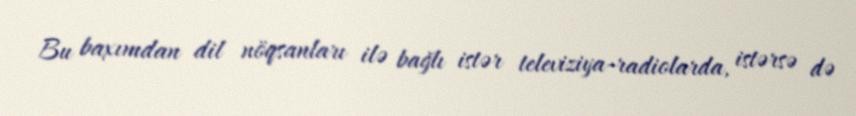
Bu baxımdan dil nöqsanları ilə bağlı istər televiziya-radiolarda, istərsə də